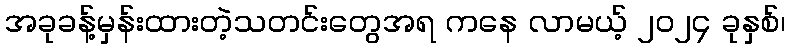
အခုခန့်မှန်းထားတဲ့သတင်းတွေအရ ကနေ လာမယ့် ၂၀၂၄ ခုနှစ်၊